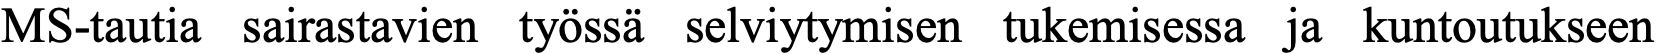
MS-tautia sairastavien työssä selviytymisen tukemisessa ja kuntoutukseen